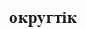
округтік